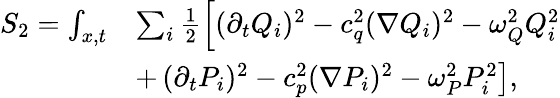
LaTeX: \begin{array}{rl}{S_{2}=\int_{x,t}}&{\sum_{i}\frac{1}{2}\left[(\partial_{t}Q_{i})^{2}-c_{q}^{2}(\nabla Q_{i})^{2}-\omega_{Q}^{2}Q_{i}^{2}\right.}\\ &{+\left.(\partial_{t}P_{i})^{2}-c_{p}^{2}(\nabla P_{i})^{2}-\omega_{P}^{2}P_{i}^{2}\right],}\end{array}